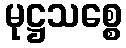
မုဋ္ဌသစ္စေ